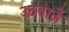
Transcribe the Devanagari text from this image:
उठवाऊँ